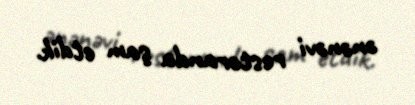
ənənəvi restoranda şam etdik.